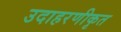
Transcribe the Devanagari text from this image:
उदाहरणीकृत